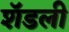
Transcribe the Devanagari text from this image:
शॅडली